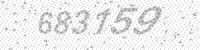
Solution: 683159